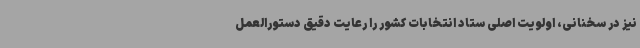
نیز در سخنانی، اولویت اصلی ستاد انتخابات کشور را رعایت دقیق دستورالعمل